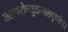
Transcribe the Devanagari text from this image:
जलचरोन्मुक्तजलपूर्णाः।।